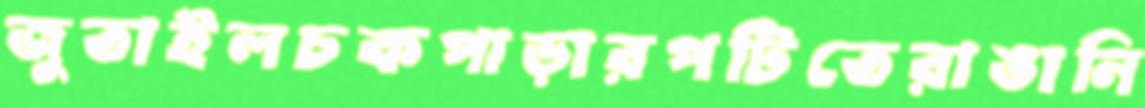
জুতাইলচকপাড়ারপটিতেরাঙানি